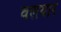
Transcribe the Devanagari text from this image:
वलयार